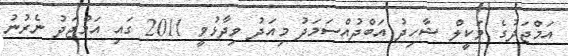
އަމްޖަދުގެ ވަކީލް ޝާހިދު އަބްދުއްސަމަދު މިއަދު ވިދާޅުވީ 2011 ގައި އަމްޖަދު ނެރުނު